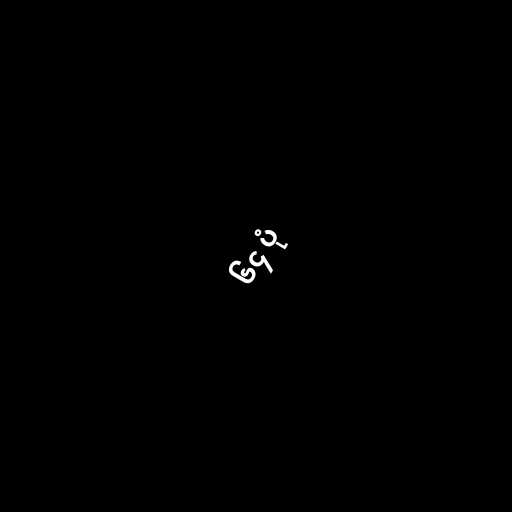
၆၄ ပုံ